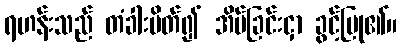
ရဟန်းသည် တံခါးပိတ်၍ အိပ်ခြင်းငှာ ခွင့်ပြု၏။